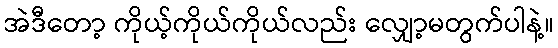
အဲဒီတော့ ကိုယ့်ကိုယ်ကိုယ်လည်း လျှော့မတွက်ပါနဲ့။